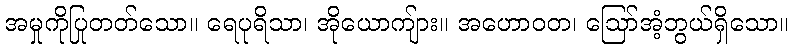
အမှုကိုပြုတတ်သော။ ရေပုရိသာ၊ အိုယောကျ်ား။ အဟောဝတ၊ ဩော်အံ့ဘွယ်ရှိသော။